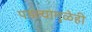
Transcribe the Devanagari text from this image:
पडल्यामुळेही